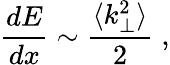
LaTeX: \frac{dE}{dx}\sim\frac{\langle k_{\perp}^{2}\rangle}{2}\; ,